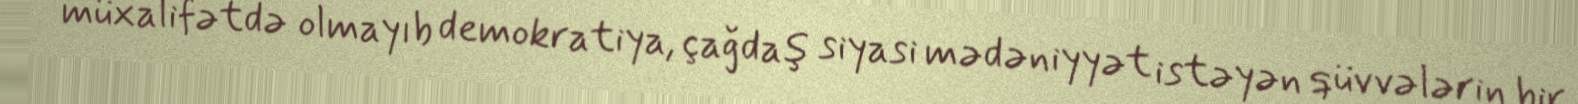
müxalifətdə olmayıb demokratiya, çağdaş siyasi mədəniyyət istəyən qüvvələrin bir